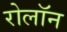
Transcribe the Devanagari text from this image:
रोलॉन